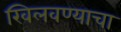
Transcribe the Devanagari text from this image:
खिलवण्याचा